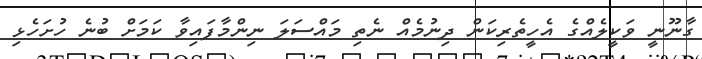
ގާނޫނީ ވަކީލެއްގެ އެހީތެރިކަން ދިނުމެއް ނެތި މައްސަލަ ނިންމާފައިވާ ކަމަށް ބުނެ ހުށަހެޅި